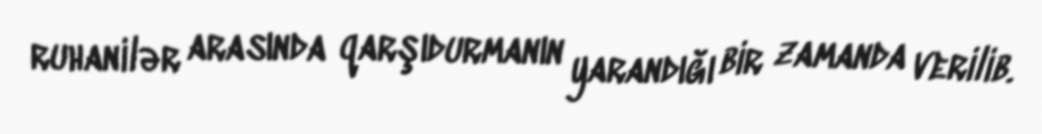
ruhanilər arasında qarşıdurmanın yarandığı bir zamanda verilib.